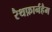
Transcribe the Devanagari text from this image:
रैथफ़ार्नहैम